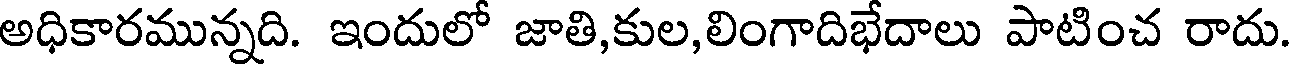
అధికారమున్నది. ఇందులో జాతి,కుల,లింగాదిభేదాలు పాటించ రాదు.